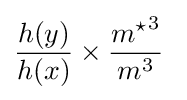
{\frac {h(y)}{h(x)}}\times {\frac {{m^{\star }}^{3}}{m^{3}}}\